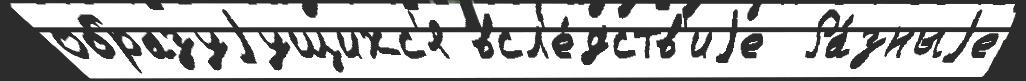
образуjущихс'я всл'е́дств'иjе  Ра́зныjе